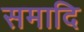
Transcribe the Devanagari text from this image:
समादि